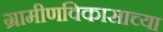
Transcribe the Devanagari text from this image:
ग्रामीणविकासाच्या